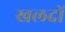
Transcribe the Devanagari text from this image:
खलदों